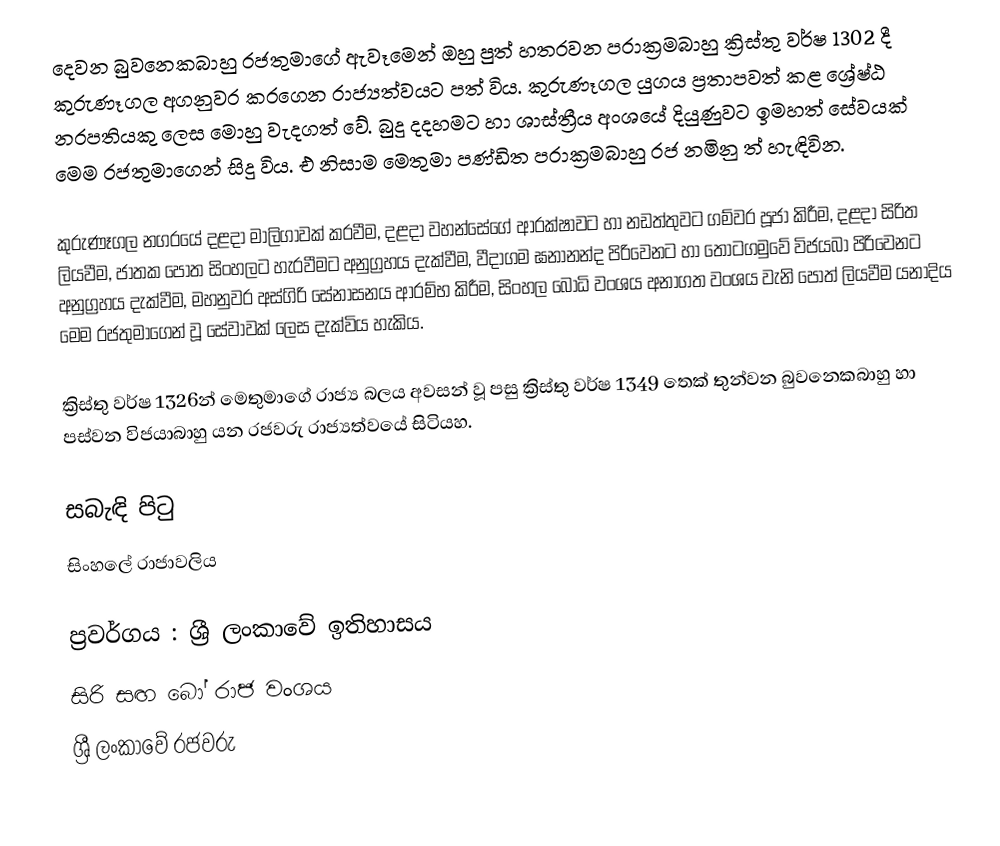
දෙවන බුවනෙකබාහු රජතුමාගේ ඇවෑමෙන් ඔහු පුත් හතරවන පරාක්‍රමබාහු ක්‍රිස්තු වර්ෂ 1302 දී කුරුණෑගල අගනුවර කරගෙන රාජ්‍යත්වයට පත් විය. කුරුණෑගල යුගය ප්‍රතාපවත් කළ ශ්‍රේෂ්ඨ නරපතියකු ලෙස මොහු වැදගත් වේ. බුදු දදහමට හා ශාස්ත්‍රීය අංශයේ දියුණුවට ඉමහත් සේවයක් මෙම රජතුමාගෙන් සිදු විය. එ නිසාම මෙතුමා පණ්ඩිත පරාක්‍රමබාහු රජ නමිනු ත් හැඳිවින.

කුරුණෑගල නගරයේ දළදා මාලිගාවක් කරවීම, දළදා වහන්සේගේ ආරක්ෂාවට හා නඩත්තුවට ගම්වර පූජා කිරීම, දළදා සිරිත ලියවීම, ජාතක පොත සිංහලට හැරවීමට අනුග්‍රහය දැක්වීම, වීදාගම ඝනානන්ද  පිරිවෙනට හා තොටගමුවේ විජයබා පිරිවෙනට අනුග්‍රහය දැක්වීම, මහනුවර අස්ගිරි සේනාසනය ආරම්භ කිරීම, සිංහල බෝධි වංශය අනාගත වංශය වැනි පොත් ලියවීම යනාදිය මෙම රජතුමාගෙන් වූ සේවාවක්  ලෙස දැක්විය හැකිය.

ක්‍රිස්තු වර්ෂ 1326න් මෙතුමාගේ රාජ්‍ය බලය අවසන් වූ පසු ක්‍රිස්තු වර්ෂ 1349 තෙක් තුන්වන බුවනෙකබාහු හා පස්වන විජයාබාහු යන රජවරු  රාජ්‍යත්වයේ සිටියහ.

සබැඳි පිටු
 සිංහලේ රාජාවලිය

ප්‍රවර්ගය : ශ්‍රී ලංකාවේ ඉතිහාසය
සිරි සඟ බෝ රාජ වංශය
ශ්‍රී ලංකාවේ රජවරු